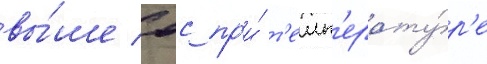
вы́ше 0с пр'и́ т'емп'ерату́р'е